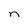
Character: n